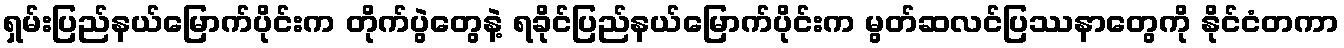
ရှမ်းပြည်နယ်မြောက်ပိုင်းက တိုက်ပွဲတွေနဲ့ ရခိုင်ပြည်နယ်မြောက်ပိုင်းက မွတ်ဆလင်ပြဿနာတွေကို နိုင်ငံတကာ